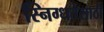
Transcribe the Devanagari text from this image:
स्निग्धतेसाठी